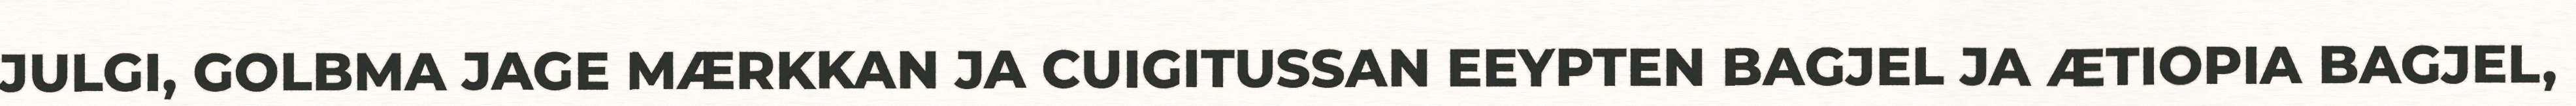
JULGI, GOLBMA JAGE MÆRKKAN JA CUIGITUSSAN EEYPTEN BAGJEL JA ÆTIOPIA BAGJEL,